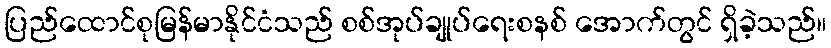
ပြည်ထောင်စုမြန်မာနိုင်ငံသည် စစ်အုပ်ချုပ်ရေးစနစ် အောက်တွင် ရှိခဲ့သည်။